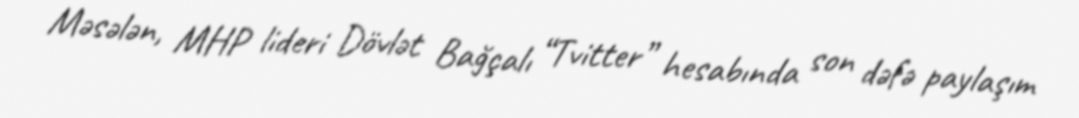
Məsələn, MHP lideri Dövlət Bağçalı “Tvitter” hesabında son dəfə paylaşım